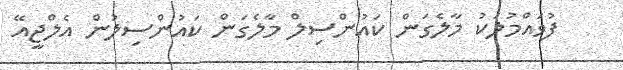
ފުވައްމުލަކު މާލެގަން ކައުންސިލް މާލެގަން ކައުންސިލުން އެލްޖީއޭ